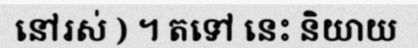
នៅរស់ ) ។ តទៅ នេះ និយាយ